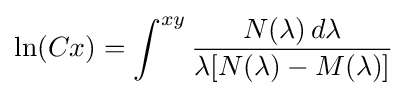
\ln(Cx)=\int ^{xy}{\frac {N(\lambda )\,d\lambda }{\lambda [N(\lambda )-M(\lambda )]}}